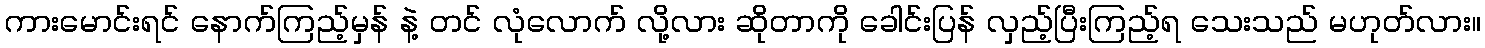
ကားမောင်းရင် နောက်ကြည့်မှန် နဲ့ တင် လုံလောက် လို့လား ဆိုတာကို ခေါင်းပြန် လှည့်ပြီးကြည့်ရ သေးသည် မဟုတ်လား။